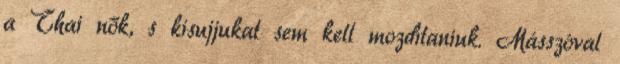
a Thai nők, s kisujjukat sem kell mozdítaniuk. Másszóval